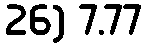
26) 7.77